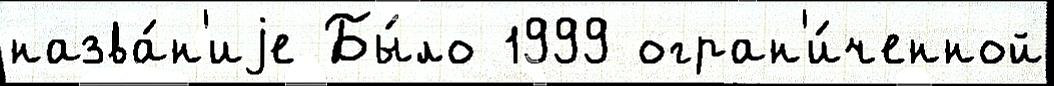
назва́н'иjе Бы́ло 1999 огран'и́ченной